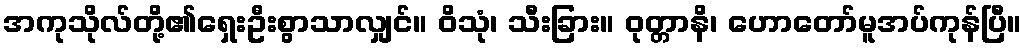
အကုသိုလ်တို့၏ရှေးဦးစွာသာလျှင်။ ဝိသုံ၊ သီးခြား။ ဝုတ္တာနိ၊ ဟောတော်မူအပ်ကုန်ပြီ။